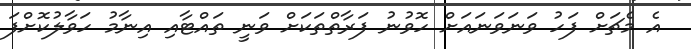
އެ މެޗަށް ފަހު ވަނަވަނައަށް ހޮވުނު ފަރާތްތަކަށް ވަނީ ތައްޓާއި އިނާމު ހަވާލުކޮށްފަ